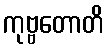
ကုဗ္ဗတောတိ